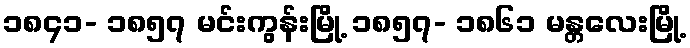
၁၈၄၁- ၁၈၅၇ မင်းကွန်းမြို့ ၁၈၅၇- ၁၈၆၁ မန္တလေးမြို့